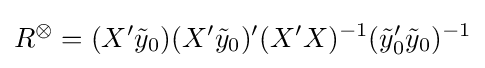
R^{\otimes }=(X'{\tilde {y}}_{0})(X'{\tilde {y}}_{0})'(X'X)^{-1}({\tilde {y}}_{0}'{\tilde {y}}_{0})^{-1}